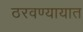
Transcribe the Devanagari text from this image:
ठरवण्यायात